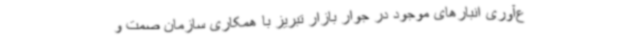
ع‌آوری انبارهای موجود در جوار بازار تبریز با همکاری سازمان صمت و